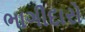
ભાગીદારો